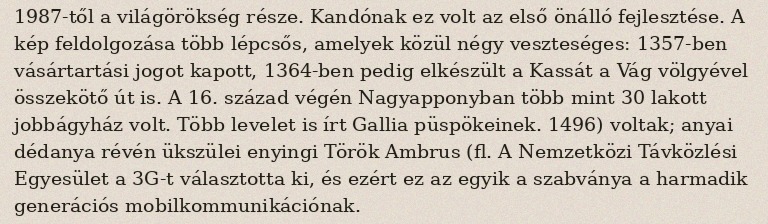
1987-től a világörökség része. Kandónak ez volt az első önálló fejlesztése. A kép feldolgozása több lépcsős, amelyek közül négy veszteséges: 1357-ben vásártartási jogot kapott, 1364-ben pedig elkészült a Kassát a Vág völgyével összekötő út is. A 16. század végén Nagyapponyban több mint 30 lakott jobbágyház volt. Több levelet is írt Gallia püspökeinek. 1496) voltak; anyai dédanya révén ükszülei enyingi Török Ambrus (fl. A Nemzetközi Távközlési Egyesület a 3G-t választotta ki, és ezért ez az egyik a szabványa a harmadik generációs mobilkommunikációnak.